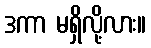
ဒကာ မရှိလို့လား။